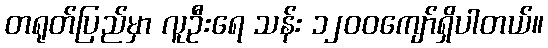
တရုတ်ပြည်မှာ လူဦးရေ သန်း ၁၂၀၀ကျော်ရှိပါတယ်။